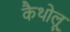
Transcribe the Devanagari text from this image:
कैथोलू